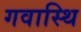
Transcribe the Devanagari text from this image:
गवास्थि